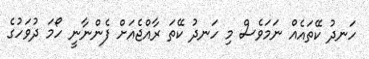
ހަނދު ކޭތައެއް ނަމަވެސް މި ހަނދު ކޭތަ ރާއްޖެއަށް ފެންނާނީ ހޯމަ ދުވަހުގެ